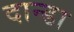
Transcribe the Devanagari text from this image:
दान्डा